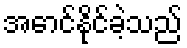
အောင်နိုင်ခဲ့သည်